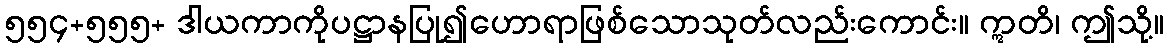
၅၅၄+၅၅၅+ ဒါယကာကိုပဋ္ဌာနပြု၍ဟောရာဖြစ်သောသုတ်လည်းကောင်း။ ဣတိ၊ ဤသို့။